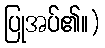
ပြုအပ်၏။)